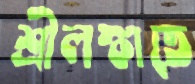
শ্রীলঙ্কাতে